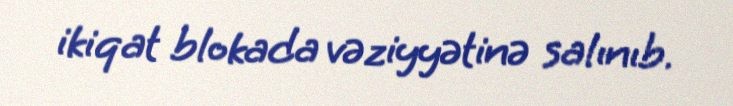
ikiqat blokada vəziyyətinə salınıb.